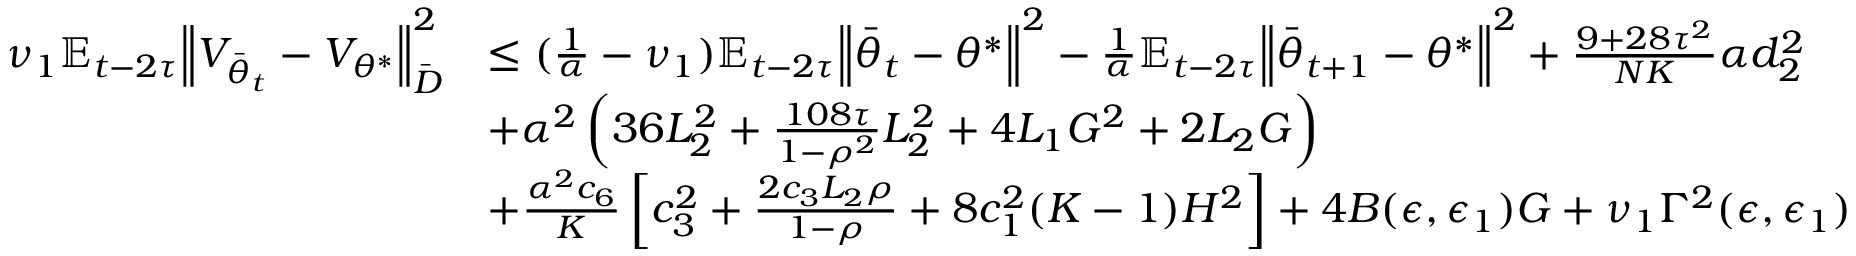
\begin{array} { r l } { \nu _ { 1 } \mathbb { E } _ { t - 2 \tau } \Big \lVert V _ { \bar { \theta } _ { t } } - V _ { \theta ^ { * } } \Big \rVert _ { \bar { D } } ^ { 2 } } & { \le ( \frac { 1 } { \alpha } - \nu _ { 1 } ) \mathbb { E } _ { t - 2 \tau } \Big \lVert \bar { \theta } _ { t } - \theta ^ { * } \Big \rVert ^ { 2 } - \frac { 1 } { \alpha } \mathbb { E } _ { t - 2 \tau } \Big \lVert \bar { \theta } _ { t + 1 } - \theta ^ { * } \Big \rVert ^ { 2 } + \frac { 9 + 2 8 \tau ^ { 2 } } { N K } \alpha d _ { 2 } ^ { 2 } } \\ & { + \alpha ^ { 2 } \left( 3 6 L _ { 2 } ^ { 2 } + \frac { 1 0 8 \tau } { 1 - \rho ^ { 2 } } L _ { 2 } ^ { 2 } + 4 L _ { 1 } G ^ { 2 } + 2 L _ { 2 } G \right) } \\ & { + \frac { \alpha ^ { 2 } c _ { 6 } } { K } \left[ c _ { 3 } ^ { 2 } + \frac { 2 c _ { 3 } L _ { 2 } \rho } { 1 - \rho } + 8 c _ { 1 } ^ { 2 } ( K - 1 ) H ^ { 2 } \right] + 4 B ( \epsilon , \epsilon _ { 1 } ) G + \nu _ { 1 } \Gamma ^ { 2 } ( \epsilon , \epsilon _ { 1 } ) } \end{array}